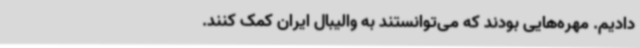
دادیم. مهره‌هایی بودند که می‌توانستند به والیبال ایران کمک‌ کنند.